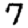
Digit: 7